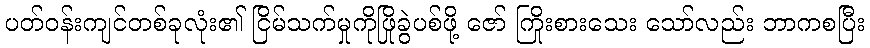
ပတ်ဝန်းကျင်တစ်ခုလုံး၏ ငြိမ်သက်မှုကိုဖြိုခွဲပစ်ဖို့ ဇော် ကြိုးစားသေး သော်လည်း ဘာကစပြီး